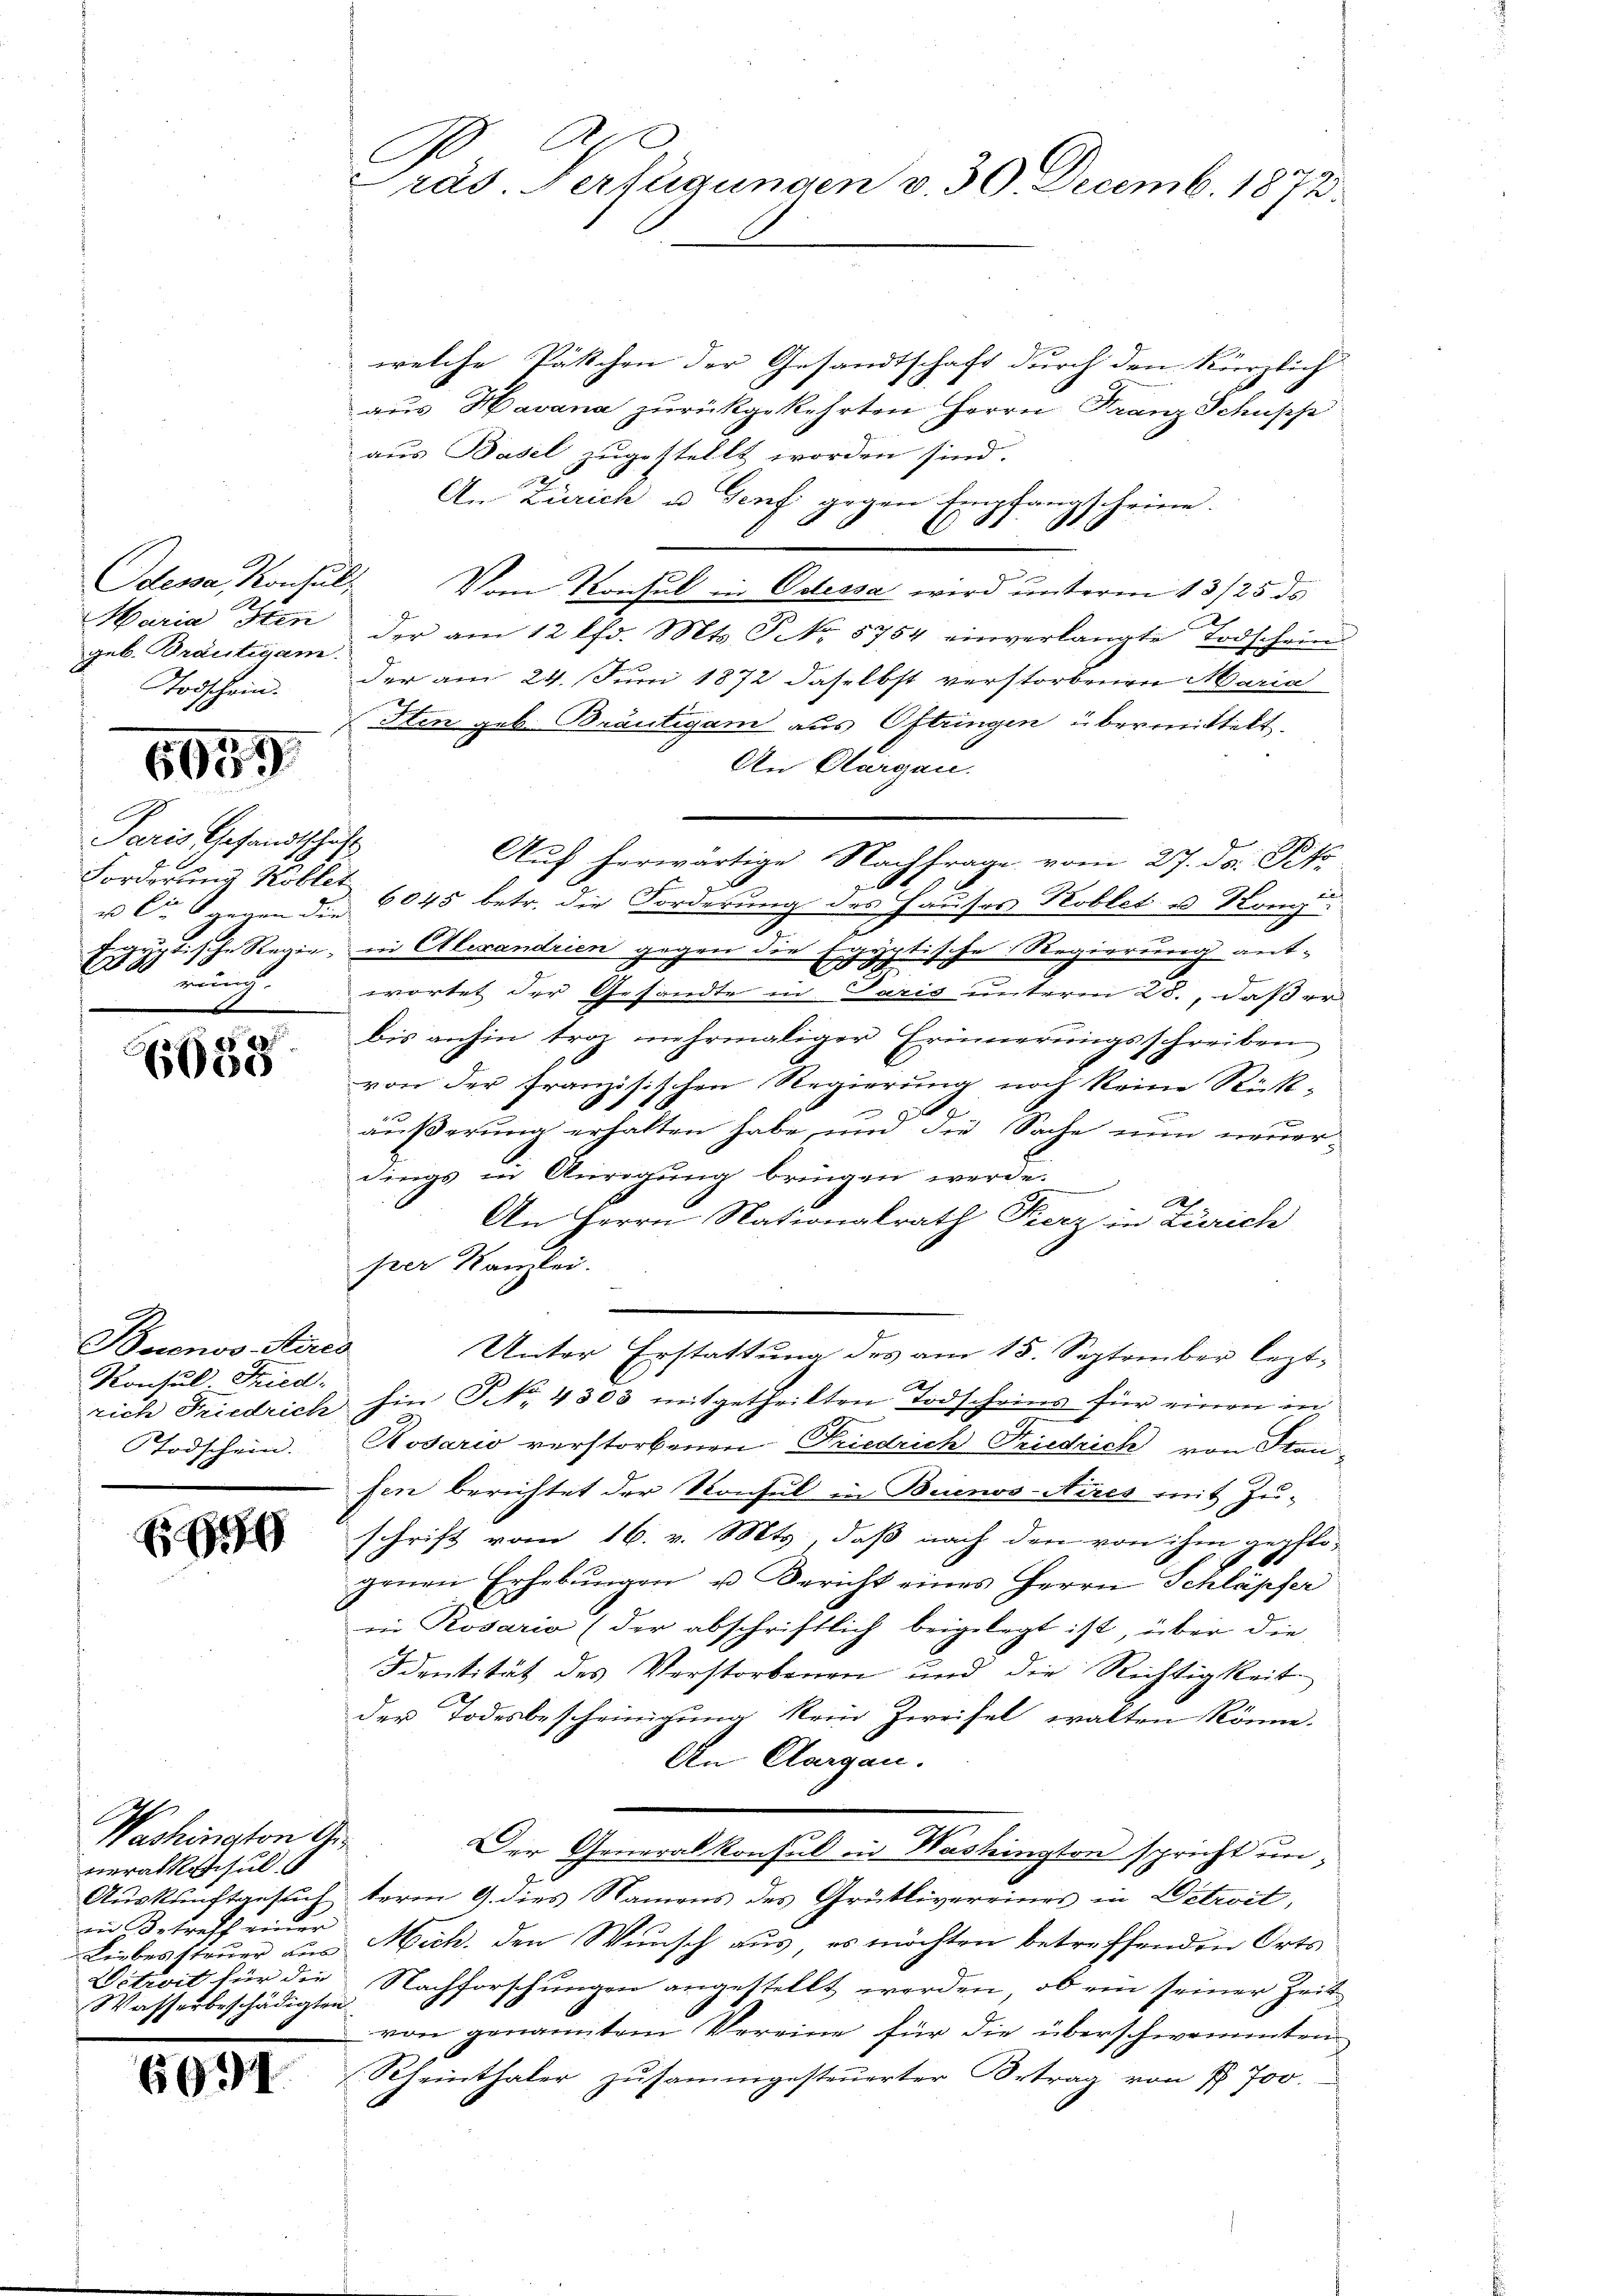
Odena, Konsul,
geb. Bräutigam
Todschein.

6059

Paris Gesandtschaft
u Cie gegen die
8

virung

2
6000

Buenos-Ayres
Konsul Fried-
Todschein.

E

Washington G
Berathsschul
in Betreff einer
Wasserbeschädigten.

1991

A
räs. Verfügungen v. 30. Decemb. 1873.

welche Päschen der Gesandtschaft durch den kürzlich
aus Havana zurückgekehrten Herrn Franz Schupp
aus Basel zugestellt worden sind.
An Zürich u. Genf gegen Empfangscheine.
C
Vom Konsul in Odessa wird unterm 13/25. ds
Maria Iten der am 12 lfd. Mts. So 5754 einverlangte Todschein
der am 24. Juni 1872 daselbst verstorbenen Maria
(Itin geb. Bräutigam aus Oftringen übermittelt.
An Aargau.
Forderung Kobler 6045 betr. die Forderung des Hauses Koblet u. Konze
yptische Regie in Alexandrien gegen die Egyptische Regierung antwortet der Gesandte in Paris unterm 28., daß er
bis anhin troz mehrmaliger Erinnerungsschreiben
von der Französischen Regierung noch keine Rück-
äußerung erhalten habe, und die Sache nun neuerdings in Anregung bringen werde.
An Herrn Nationalrath Fierz in Zürich
per Kanzlei.
.
Unter Erstattung des am 15. September leztrich Friedrich hin No. 4303 mitgetheilten Todscheins für einen in
Kosario verstorbenen Friedrich Friedrich von Fraufen berichtet der Konsul in Buenos Aires mit Zuschrift vom 16. v. Mts, daß nach den von ihm gepflo-
genen Erhebŭngen u. Bericht eines Herrn Schläpfer
in Rosario (der abschriftlich beigelegt ist, über die
Ddentität des Verstorbenen und die Richtigkeit
der Todesbescheinigung kein Zweifel walten könne.
An Aargau.
Der Generalkonsul in Washington spricht un-
Auskunftgesuchterm 9. dies Namens des Grütlivereines in Witroit,
Liebessteuer aus Mich. den Wunsch aus, es möchten betreffenden Orts¬
Vitrit für die Nachforschungen angestellt werden, ob ein seiner Zeit
von genanntem Vereine für die überschwemmten
(Rheinthaler zusammgesteŭerter Ertrag von § 700.

Auf herwärtige Nachfrage vom 27. d. Pet